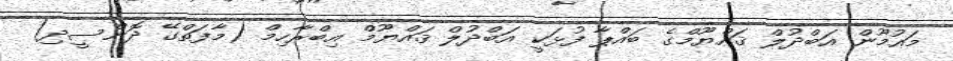
މައުމޫން އަބްދުލް ޤައްޔޫމްގެ ބައްޕާ ފުޅަކީ އަބްދުލް ޤައްޔޫމް އިބްރާހިމް (މާފަތްގޭ ދޮންސީދި)